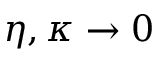
\eta , \kappa \to 0